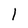
Character: 1